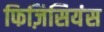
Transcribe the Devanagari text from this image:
फिज़िसियंस